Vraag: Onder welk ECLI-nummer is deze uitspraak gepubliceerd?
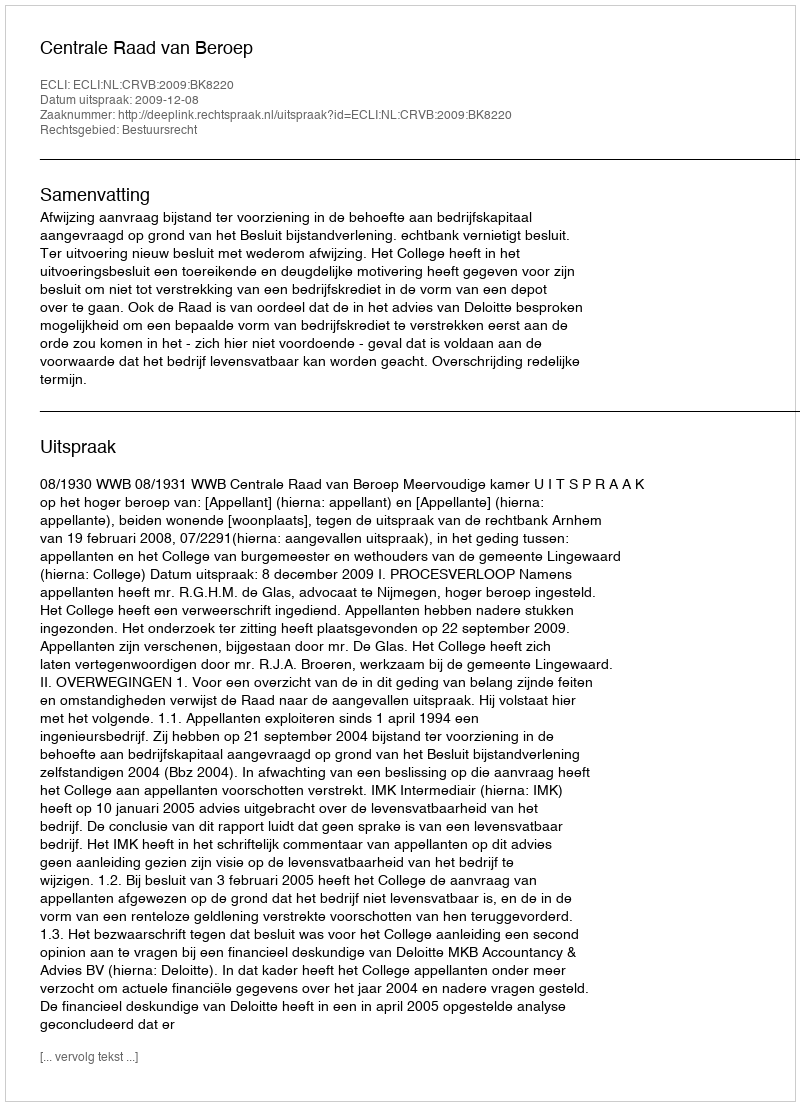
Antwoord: ECLI:NL:CRVB:2009:BK8220